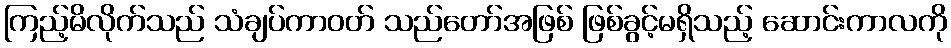
ကြည့်မိလိုက်သည် သံချပ်ကာဝတ် သည်တော်အဖြစ် ဖြစ်ခွင့်မရှိသည့် ဆောင်းကာလကို